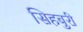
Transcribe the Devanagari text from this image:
सिहबुरी